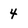
Character: 4